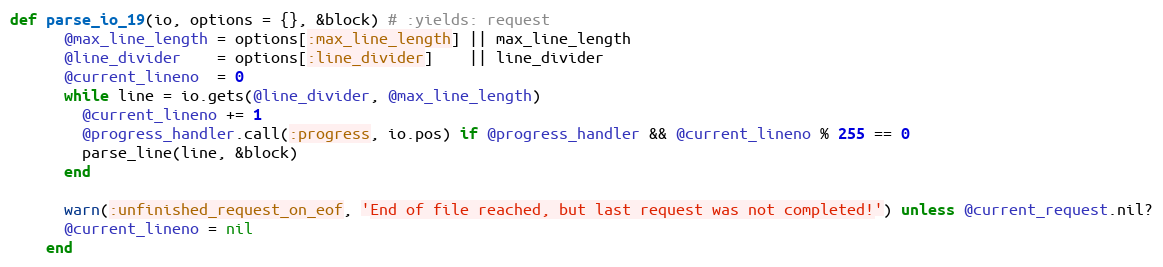
Language: Ruby
def parse_io_19(io, options = {}, &block) # :yields: request
      @max_line_length = options[:max_line_length] || max_line_length
      @line_divider    = options[:line_divider]    || line_divider
      @current_lineno  = 0
      while line = io.gets(@line_divider, @max_line_length)
        @current_lineno += 1
        @progress_handler.call(:progress, io.pos) if @progress_handler && @current_lineno % 255 == 0
        parse_line(line, &block)
      end

      warn(:unfinished_request_on_eof, 'End of file reached, but last request was not completed!') unless @current_request.nil?
      @current_lineno = nil
    end